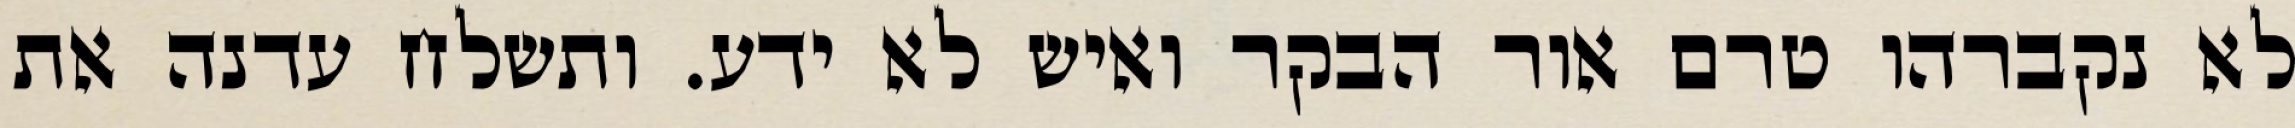
לא נקברהו טרם אור הבקר ואיש לא ידע. ותשלח עדנה את